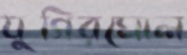
যুগিরঘোল